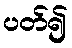
ပတ်၍